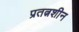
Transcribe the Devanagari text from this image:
प्रतत्नशीन